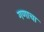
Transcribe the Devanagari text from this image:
गणाचा